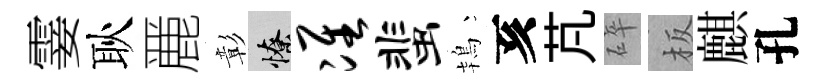
霎耿䴡彰憭准蜚鴇亥芃碎板麒孔